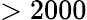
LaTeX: >2000